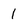
Character: 1